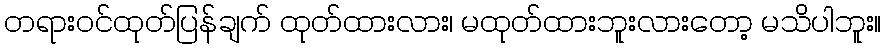
တရားဝင်ထုတ်ပြန်ချက် ထုတ်ထားလား၊ မထုတ်ထားဘူးလားတော့ မသိပါဘူး။